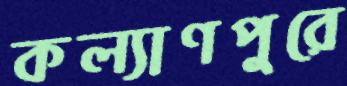
কল্যাণপুরে